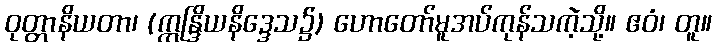
ဝုတ္တာနိယတာ၊ (ဣန္ဒြိယနိဒ္ဒေသ၌) ဟောတော်မူအပ်ကုန်သကဲ့သို့။ ဧဝံ၊ တူ။